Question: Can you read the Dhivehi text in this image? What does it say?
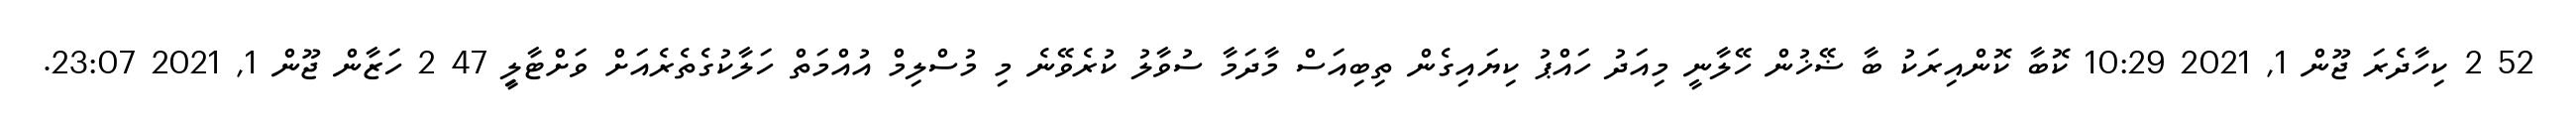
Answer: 52 2 ކިހާދެރަ ޖޫން 1, 2021 10:29 ކޮބާ ކޮންއިރަކު ބާ ޟޭޚުން ހޭލާނީ މިއަދު ހައްޕު ކިޔައިގެން ތިބިއަސް މާދަމާ ސުވާލު ކުރެވޭނެ މި މުސްލިމް އުއްމަތް ހަލާކުގެތެރެއަށް ވަށްޓާލިީ 47 2 ހަޒާން ޖޫން 1, 2021 23:07.